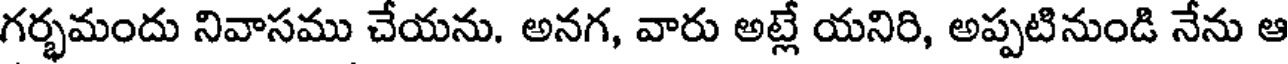
గర్భమందు నివాసము చేయను. అనగ, వారు అట్లే యనిరి, అప్పటినుండి నేను ఆ